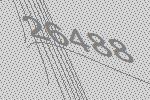
26488